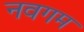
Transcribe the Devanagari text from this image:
नवगम